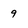
Character: 9